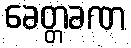
ခေတ္တခဏ